system: You are a helpful assistant.
user:
Analyze the provided spectrum to determine if it is a **"Cataclysmic Variables (CV)"**.

- **Key Indicators for CV (Check for either state):**
    - **State 1: Quiescent / Low-State (Emission-Dominated)**
        - **(Primary):** Strong and *very broad* Hydrogen Balmer emission lines (e.g., $H\alpha$ at 6563 Å, $H\beta$ at 4861 Å). The 'broadness' (high velocity dispersion, often FWHM > 1000 km/s) is the key diagnostic, indicating a high-velocity accretion disk.
        - **(Secondary):** Broad neutral Helium (He I) emission lines (e.g., 5876 Å, 6678 Å).
        - **(Key Confirmation):** Presence of high-excitation *ionized* Helium (He II) emission at 4686 Å. This is a strong indicator of accretion onto a white dwarf.
        - **(Line Profile):** Emission lines may exhibit a 'double-peaked' profile, which is a classic signature of a rotating accretion disk viewed at high inclination.

    - **State 2: Outburst / High-State (Absorption-Dominated)**
        - **(Primary):** Spectrum is dominated by a bright, blue continuum (looks like a hot star).
        - **(Secondary):** The emission lines from State 1 are weak, absent, or 'filled in', and are replaced by broad, shallow *absorption* lines (primarily Balmer and He I).
        - **(Morphology):** The overall spectrum mimics a hot B/A-type star. The crucial difference is that the absorption lines are significantly broader, shallower, and more 'washed-out' (or 'smeared') than the sharp lines of a normal stellar photosphere, due to high rotational speeds and pressure broadening in the disk.

Think first, call **spectral_visualization_tool** if needed to examine features in detail, then provide your final answer. Your response must adhere to the following strict rules:
1.  **Overall Structure:** Your response must follow the format `<think>...</think> <tool_call>...</tool_call> (if a tool is used) <answer>...</answer>`.
2.  **Tool Usage Constraint:** You may only make **one** tool call per turn.
3.  **Final Answer Format:** In the `<answer>` tag, your conclusion must be inside a `\boxed{}` command (e.g., `\boxed{YES}`), followed by your justification.

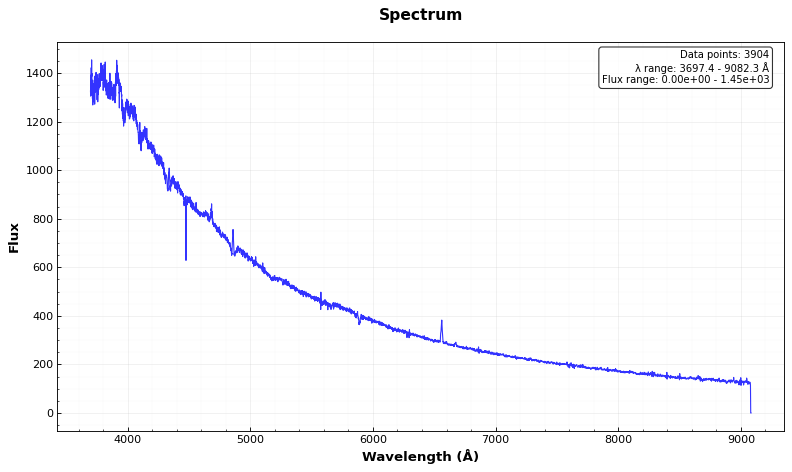
Answer: YES